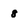
Character: 8